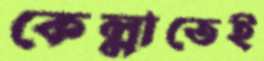
কেল্লাতেই